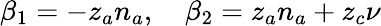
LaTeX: \beta_{1}=-z_{a}n_{a},\quad\beta_{2}=z_{a}n_{a}+z_{c}\nu